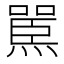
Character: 𪹬